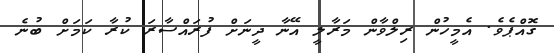
ގޮއްޕެވެ. އެމީހުން ރިލްވާން މަރާލީ އޭނާ ދީނަށް ފުރައްސާރަ ކުރާ ކަމަށް ބުނެ